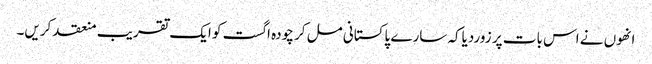
انھوں نے اس بات پر زوردیاکہ سارے پاکستانی مل کر چودہ اگست کو ایک تقریب منعقد کریں۔